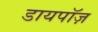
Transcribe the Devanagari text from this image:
डायपॉज़